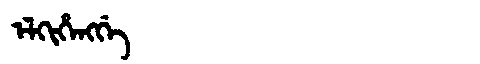
Manchu: ᡝᠯᡴᡳᡥᡝᠩᡤᡝ
Romanization: ELKIHENGGE